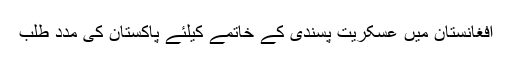
افغانستان میں عسکریت پسندی کے خاتمے کیلئے پاکستان کی مدد طلب